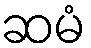
ဆမံ